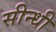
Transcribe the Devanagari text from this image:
सीन्धी